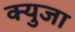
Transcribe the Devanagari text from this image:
क्युजा